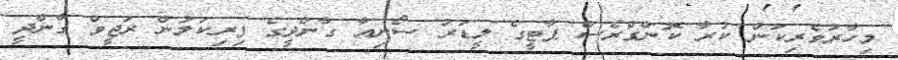
މިހާރުވެރިކަން ކުރާ ކޮންގްރެސް ޕާޓީގެ ލީޑަރު ސޯނިއާ ގާންދީގެ ފިރިކަލުން ރަޖީވް ގާންދީ